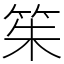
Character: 䇬